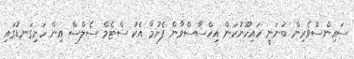
ސައިންސްވެރިން ބުނަނީ ހައިހޫނުކަން އިހްސާސްވާން ފެށުމާ އެކު ސްޓެމް ސެލްސް އިން ހަށިގަނޑުގައި